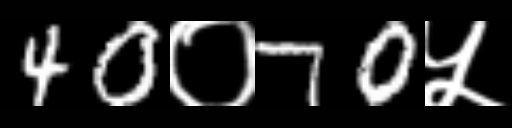
Text: 40०70५